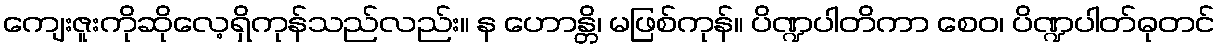
ကျေးဇူးကိုဆိုလေ့ရှိကုန်သည်လည်း။ န ဟောန္တိ၊ မဖြစ်ကုန်။ ပိဏ္ဍပါတိကာ စေဝ၊ ပိဏ္ဍပါတ်ဓုတင်